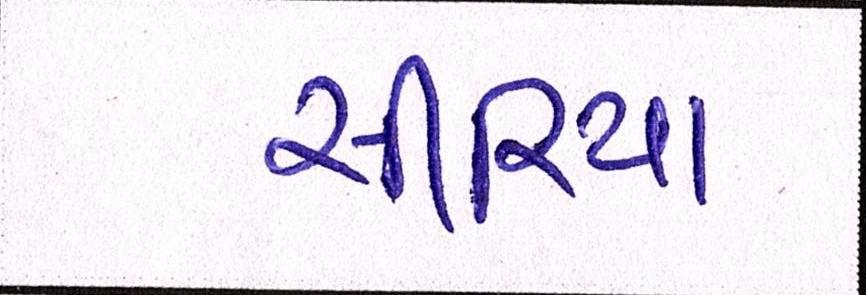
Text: સીરિયા